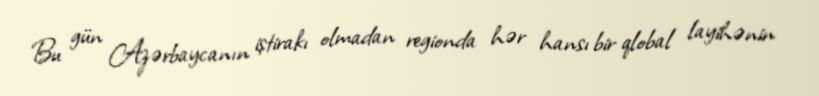
Bu gün Azərbaycanın iştirakı olmadan regionda hər hansı bir qlobal layihənin